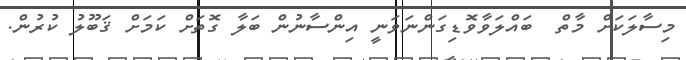
މިސާލަކަށް މާތް  ބައްލަވާވޮޑިގަންނަވަނީ އިންސާނުން ބަލާ ގޮތަށް ކަމަށް ޤަބޫލު ކުރުން.